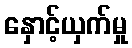
နှောင့်ယှက်မှု